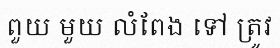
ពួយ មួយ លំពែង ទៅ ត្រូវ